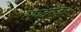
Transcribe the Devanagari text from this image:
संघटनांद्वारे